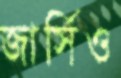
জার্সিও